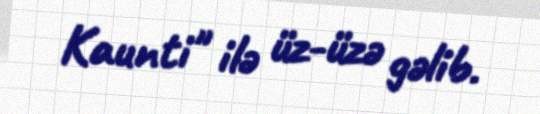
Kaunti" ilə üz-üzə gəlib.